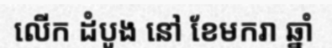
លើក ដំបូង នៅ ខែមករា ឆ្នាំ